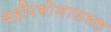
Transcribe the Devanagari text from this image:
बहीरभोगासदृश